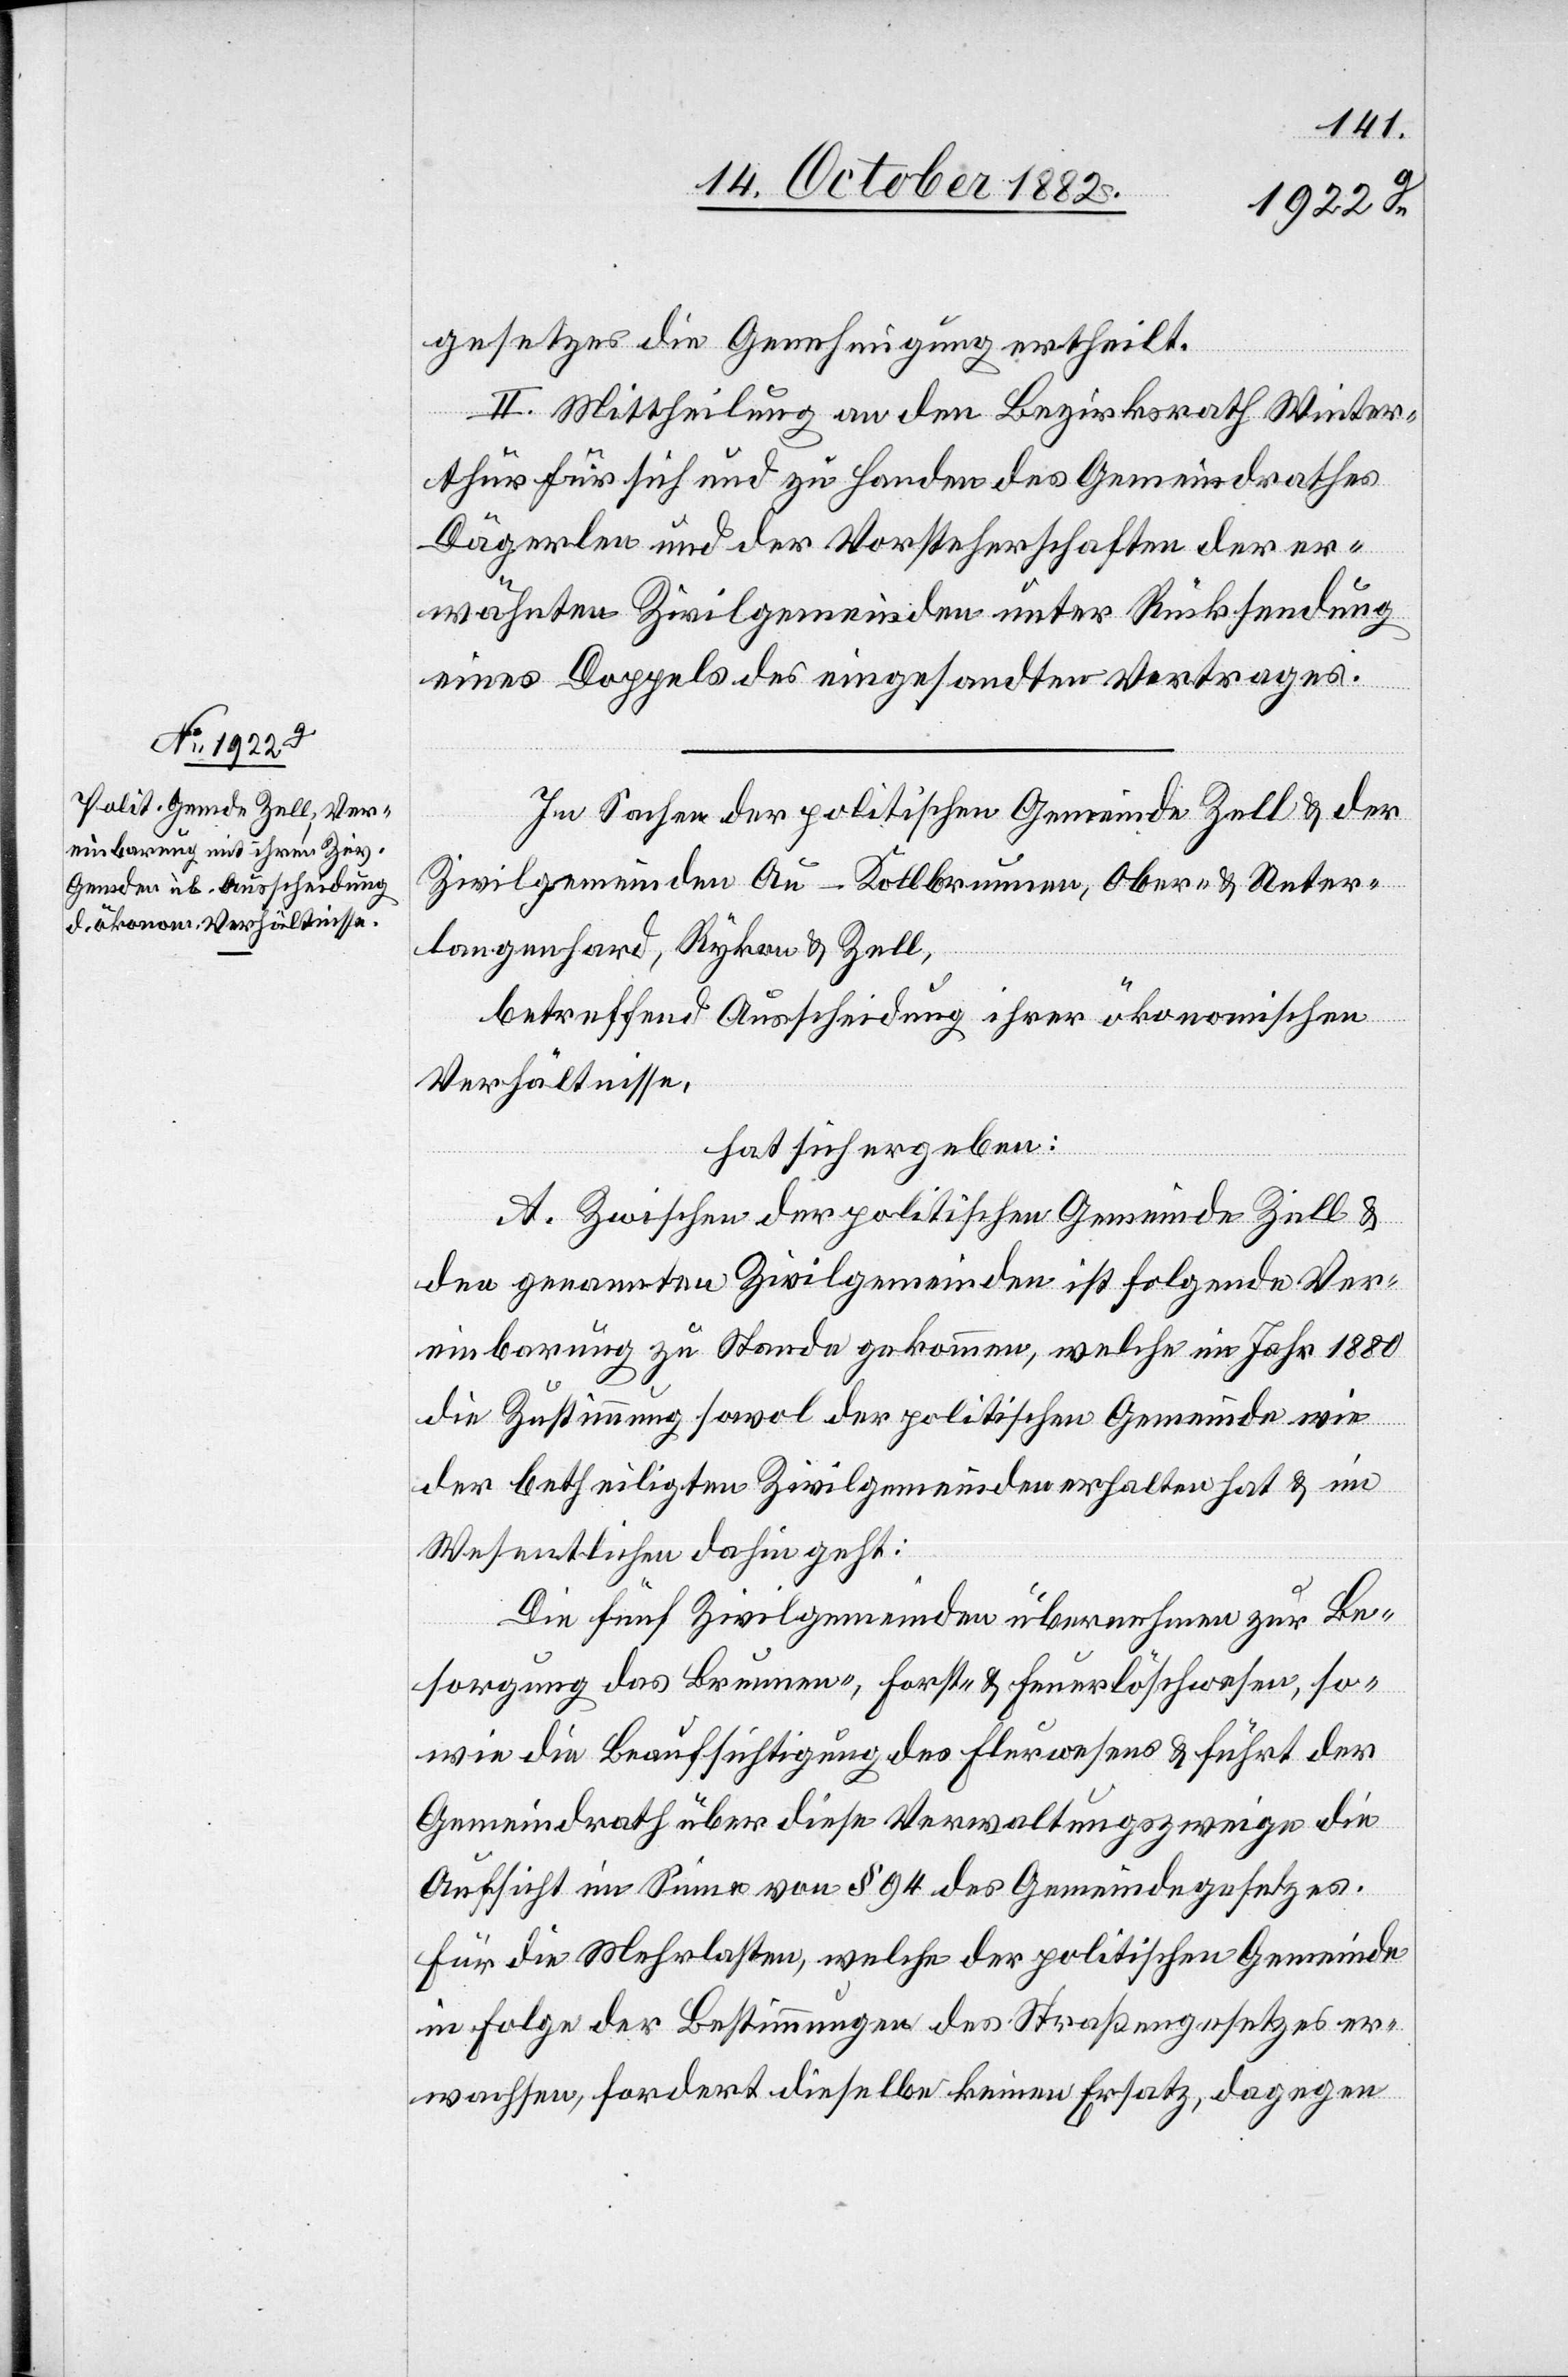
gesetzes die Genehmigung ertheilt.
II. Mittheilung an den Bezirksrath Winter¬
thur für sich und zu Handen des Gemeindrathes
Dägerlen und der Vorsteherschaften der er¬
wähnten Zivilgemeinden unter Rücksendung
eines Doppels des eingesandten Vertrages.
In Sachen der politischen Gemeinde Zell & der
Zivilgemeinden Au - Kollbrunnen, Ober- & Unter¬
langenhard, Rykon & Zell,
betreffend Ausscheidung ihrer ökonomischen
Verhältnisse,
hat sich ergeben:
A. Zwischen der politischen Gemeinde Zell &
den genannten Zivilgemeinden ist folgende Ver¬
einbarung zu Stande gekommen, welche im Jahr 1880
die Zustimmung sowol der politischen Gemeinde wie
der betheiligten Zivilgemeinden erhalten hat & im
Wesentlichen dahin geht:
Die fünf Zivilgemeinden übernehmen zur Be¬
sorgung das Brunnen-, Forst- & Feuerlöschwesen, so¬
wie die Beaufsichtigung des Flurwesens & führt der
Gemeindrath über diese Verwaltungszweige die
Aufsicht im Sinne von § 94 des Gemeindegesetzes.
Für die Mehrlasten, welche der politischen Gemeinde
in Folge der Bestimmungen des Straßengesetzes er¬
wachsen, fordert dieselbe keinen Ersatz, dagegen